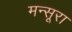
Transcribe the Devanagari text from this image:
मन्सूरा